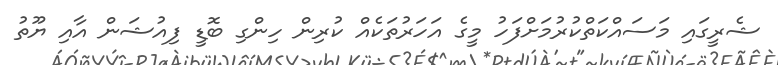
ޝެރީގައި މަސައްކަތްކުރުމަށްފަހު މީގެ އަހަރުތަކެއް ކުރިން ހިންގި ބޮޑީ ފިއުޝަން އާއި ޔޫތު